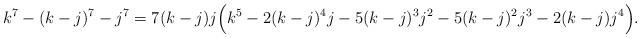
LaTeX: \begin{align*}k^{7}-(k-j)^{7}-j^{7}=7(k-j)j\Big(k^{5}-2(k-j)^{4}j-5(k-j)^{3}j^{2}-5(k-j)^{2}j^{3}-2(k-j)j^{4}\Big).\end{align*}